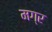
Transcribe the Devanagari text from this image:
मग्र